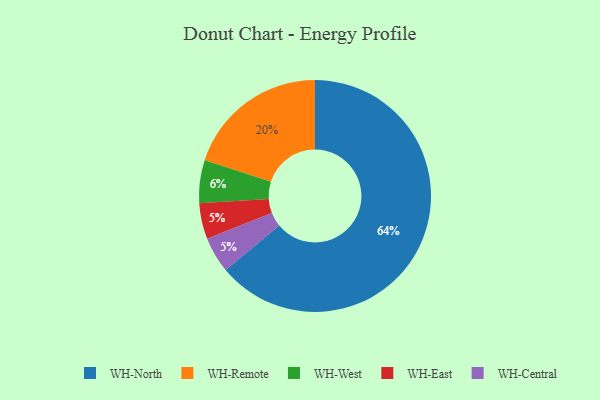
{"axis": {"x": "Category", "y": "Percentage"}, "legend": ["WH-Central", "WH-East", "WH-North", "WH-Remote", "WH-West"], "data": [{"x": "WH-West", "y": 6, "type": "WH-West"}, {"x": "WH-East", "y": 5, "type": "WH-East"}, {"x": "WH-Remote", "y": 20, "type": "WH-Remote"}, {"x": "WH-Central", "y": 5, "type": "WH-Central"}, {"x": "WH-North", "y": 64, "type": "WH-North"}]}